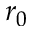
r _ { 0 }